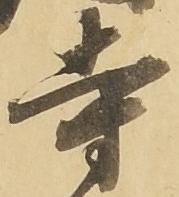
寺